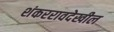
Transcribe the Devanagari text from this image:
शंकररावदेखील